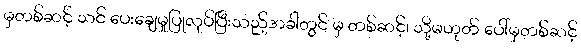
မှတစ်ဆင့် သင် ပေးချေမှုပြုလုပ်ပြီးသည့်အခါတွင် မှ တစ်ဆင့်၊ သို့မဟုတ် ပေါ်မှတစ်ဆင့်